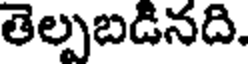
తెల్పబడినది.